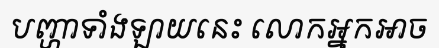
បញ្ហាទាំងឡាយនេះ លោកអ្នកអាច